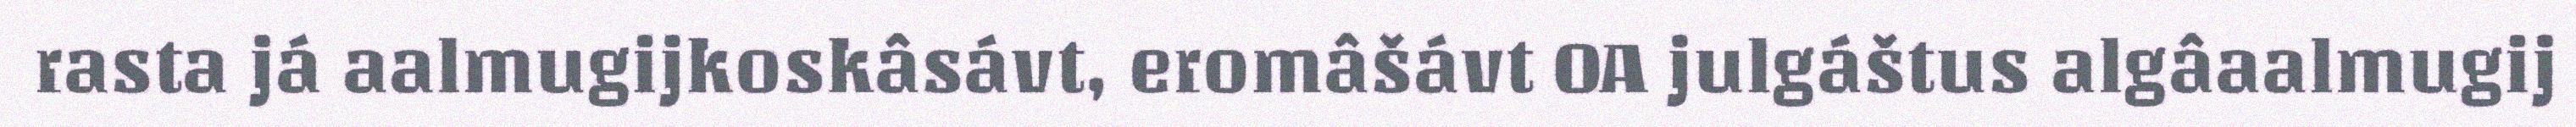
rasta já aalmugijkoskâsávt, eromâšávt OA julgáštus algâaalmugij